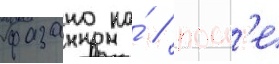
фазано на́ / посл'е